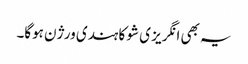
یہ بھی انگریز ی شو کا ہندی ورژن ہوگا۔